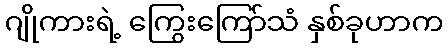
ဂျိုကားရဲ့ ကြွေးကြော်သံ နှစ်ခုဟာက